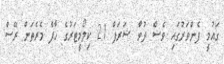
ގައުމީ ފެންވަރުގައި ވެސް ދުވާ ޝަރަފް 21 ކިލޯމީޓަރުގެ ހާފް މެރެތަން ރޭސް